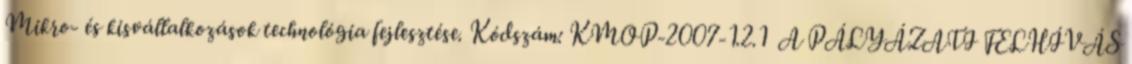
Mikro- és kisvállalkozások technológia fejlesztése. Kódszám: KMOP-2007-1.2.1 A PÁLYÁZATI FELHÍVÁS